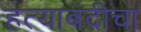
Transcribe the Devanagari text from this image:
हत्याबंदीचा